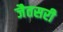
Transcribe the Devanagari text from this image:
जैतसरी